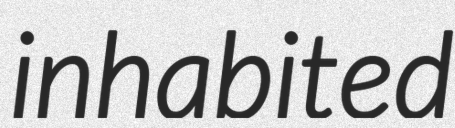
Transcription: inhabited